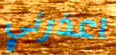
اعذرني